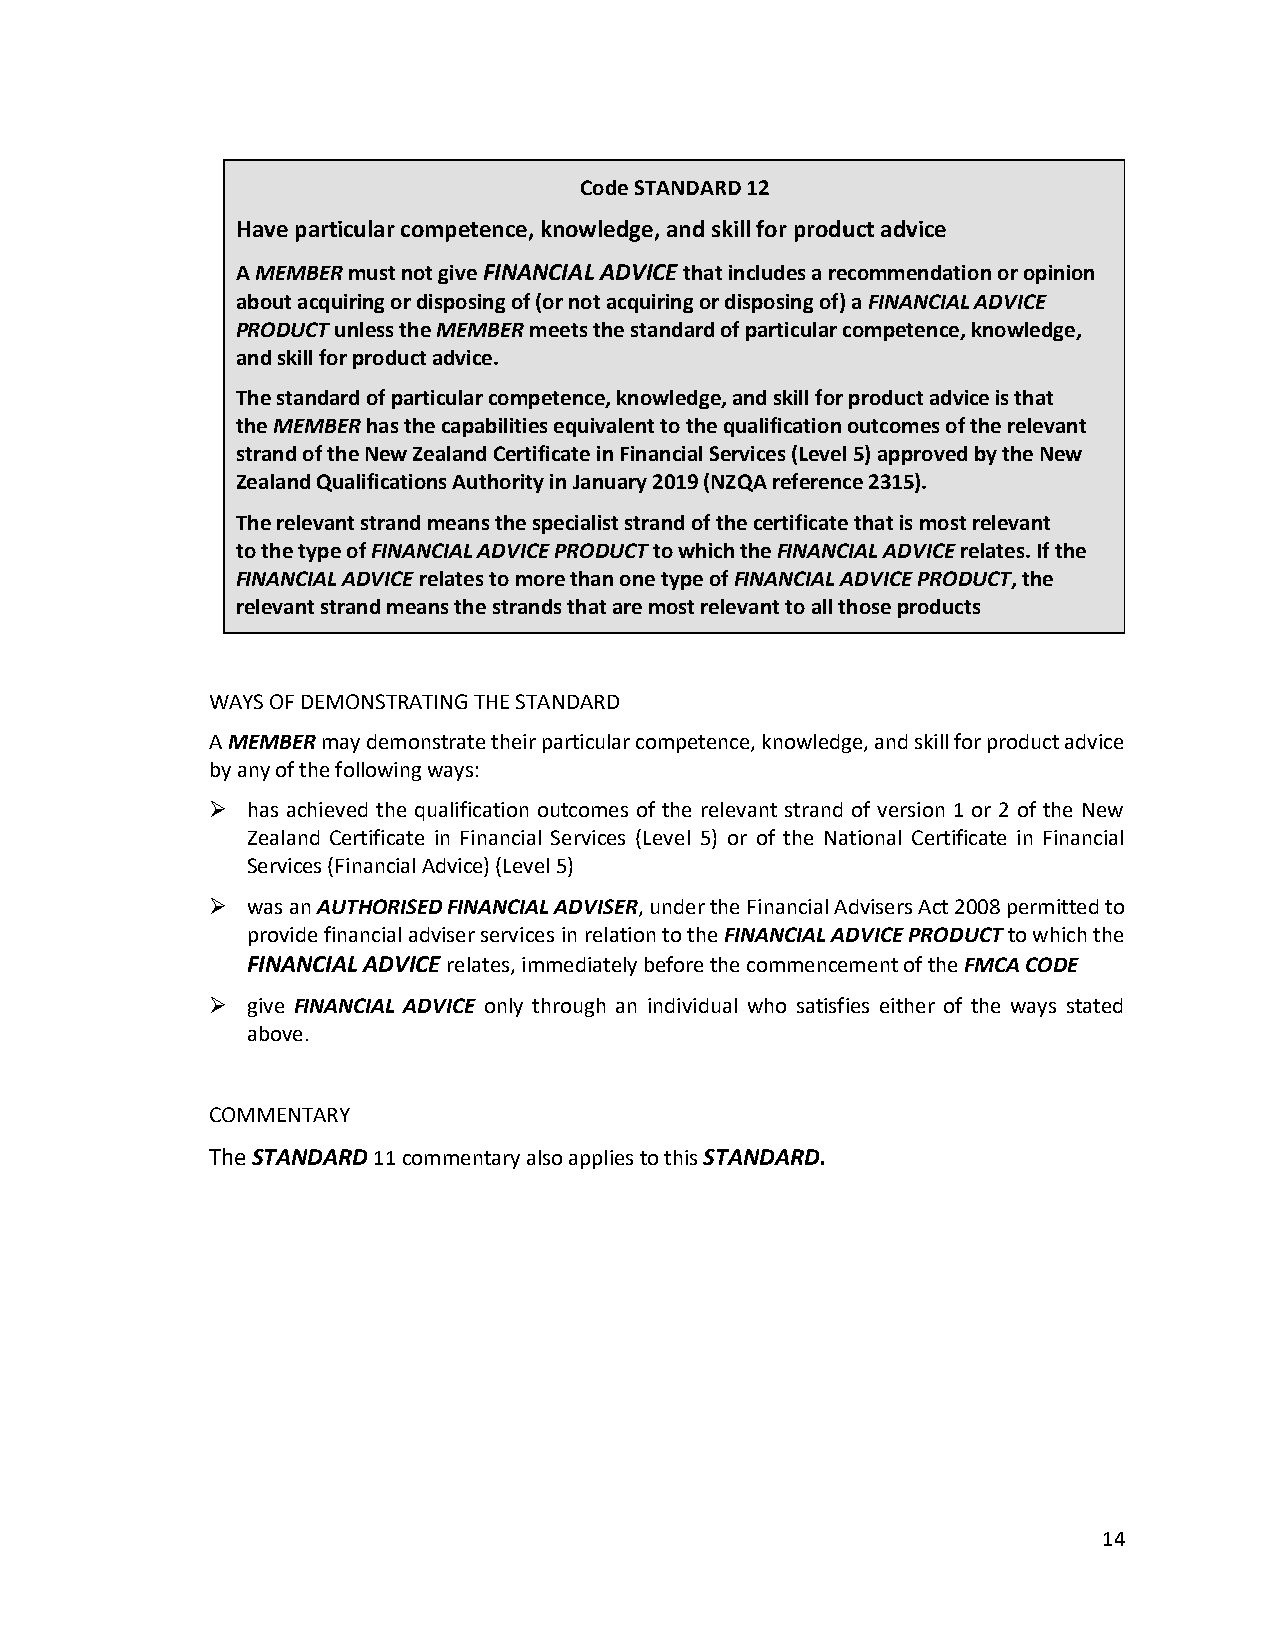
Code STANDARD 12
 Have particular competence, knowledge, and skill for product advice
 A MEMBER must not give FINANCIAL ADVICE that includes a recommendation or opinion
 about acquiring or disposing of (or not acquiring or disposing of) a FINANCIAL ADVICE
 PRODUCT unless the MEMBER meets the standard of particular competence, knowledge,
 and skill for product advice.
 The standard of particular competence, knowledge, and skill for product advice is that
 the MEMBER has the capabilities equivalent to the qualification outcomes of the relevant
 strand of the New Zealand Certificate in Financial Services (Level 5) approved by the New
 Zealand Qualifications Authority in January 2019 (NZQA reference 2315).
 The relevant strand means the specialist strand of the certificate that is most relevant
 to the type of FINANCIAL ADVICE PRODUCT to which the FINANCIAL ADVICE relates. If the
 FINANCIAL ADVICE relates to more than one type of FINANCIAL ADVICE PRODUCT, the
 relevant strand means the strands that are most relevant to all those products
 WAYS OF DEMONSTRATING THE STANDARD
 A MEMBER may demonstrate their particular competence, knowledge, and skill for product advice
 by any of the following ways:
 ➢ has achieved the qualification outcomes of the relevant strand of version 1 or 2 of the New
 Zealand Certificate in Financial Services (Level 5) or of the National Certificate in Financial
 Services (Financial Advice) (Level 5)
 ➢ was an AUTHORISED FINANCIAL ADVISER, under the Financial Advisers Act 2008 permitted to
 provide financial adviser services in relation to the FINANCIAL ADVICE PRODUCT to which the
 FINANCIAL ADVICE relates, immediately before the commencement of the FMCA CODE
 ➢ give FINANCIAL ADVICE only through an individual who satisfies either of the ways stated
 above.
 COMMENTARY
 The STANDARD 11 commentary also applies to this STANDARD.
 14